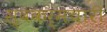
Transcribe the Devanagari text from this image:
स्वकर्मचारी